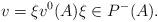
LaTeX: \begin{align*} v = \xi v^0(A)\xi \in P^{-}(A).\end{align*}